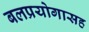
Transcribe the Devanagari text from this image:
बलप्रयोगासह